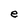
Character: e